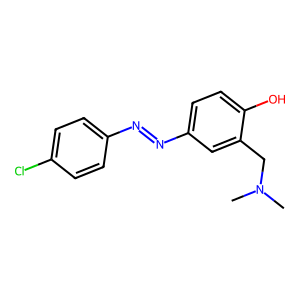
SMILES: CN(C)Cc1cc(N=Nc2ccc(Cl)cc2)ccc1O
Inhibits HIV replication: No